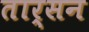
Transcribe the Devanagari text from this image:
तार्सन